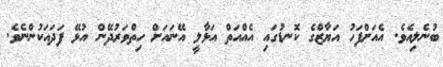
ބުނެލިއެވެ. އެއަށްފަހު އަޔާޒްގެ ކޮނޑުގައި އެއްއަތް އަޅާލީ އޭނައަށް ހިތްވަރުދޭން އުޅޭ ފަދައަކުންނެވެ.